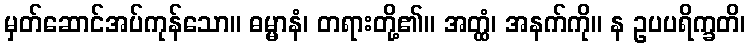
မှတ်ဆောင်အပ်ကုန်သော။ ဓမ္မာနံ၊ တရားတို့၏။ အတ္ထံ၊ အနက်ကို။ န ဥပပရိက္ခတိ၊